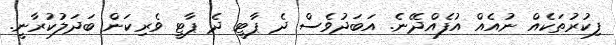
ފިކުރުތަކެއް ނުއެއް އުފެއްދޭނެ. އަބަދުވެސް ދެ ޕާޓީ ދެ ޕާޓީ ވެރިކަން ބަދަލުކުރާނީ.